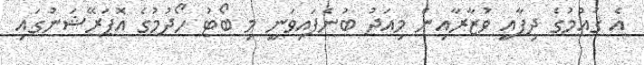
އެ ޤައުމުގެ ދިފާއީ ވުޒާރާއިން މިއަދު ބުނެފައިވަނީ މި ބޯޓު ހޯދުމުގެ އޮޕަރޭޝަނުގައި